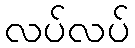
လပ်လပ်